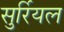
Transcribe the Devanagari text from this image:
सुर्रियल